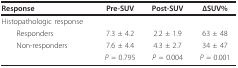
| Response | Pre-SUV | Post-SUV | ΔSUV% |
 | --- | --- | --- | --- |
 | Histopathologic response |  |  |  |
 | Responders | 7.3 ± 4.2 | 2.2 ± 1.9 | 63 ± 48 |
 | Non-responders | 7.6 ± 4.4 | 4.3 ± 2.7 | 34 ± 47 |
 |  | P = 0.795 | P = 0.004 | P = 0.001 |